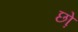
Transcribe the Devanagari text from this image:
छो़